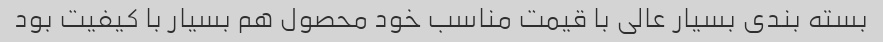
بسته بندی بسیار عالی با قیمت مناسب خود محصول هم بسیار با کیفیت بود